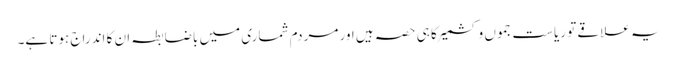
یہ علاقے تو ریاست جموں و کشمیر کا ہی حصہ ہیں اور مردم شماری میں باضابطہ ان کا اندراج ہوتا ہے۔